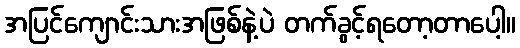
အပြင်ကျောင်းသားအဖြစ်နဲ့ပဲ တက်ခွင့်ရတော့တာပေါ့။